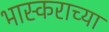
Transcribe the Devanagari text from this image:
भास्कराच्या